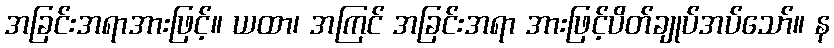
အခြင်းအရာအားဖြင့်။ ယထာ၊ အကြင် အခြင်းအရာ အားဖြင့်ပိတ်ချုပ်အပ်သော်။ န